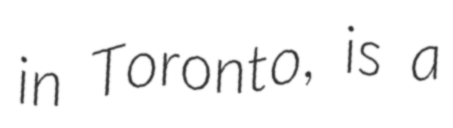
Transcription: in Toronto, is a